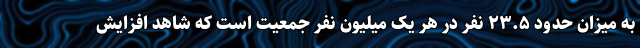
به میزان حدود ۲۳.۵ نفر در هر یک میلیون نفر جمعیت است که شاهد افزایش